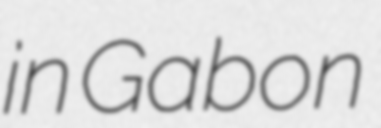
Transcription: in Gabon